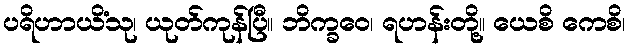
ပရိဟာယိံသု၊ ယုတ်ကုန်ပြီ။ ဘိက္ခဝေ၊ ရဟန်းတို့။ ယေစိ ကေစိ၊